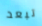
تبعد